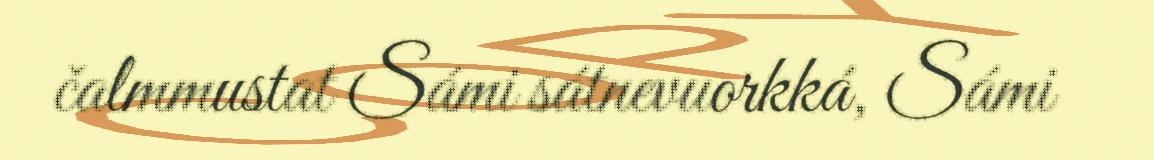
čalmmustat Sámi sátnevuorkká, Sámi